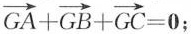
$$\overrightarrow { G A } + \overrightarrow { G B } +